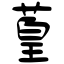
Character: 葟